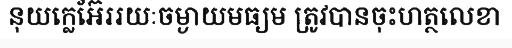
នុយក្លេអ៊ែររយៈចម្ងាយមធ្យម ត្រូវបានចុះហត្ថលេខា